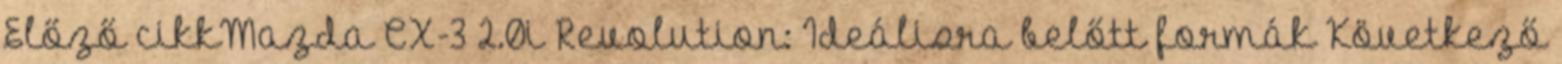
Előző cikkMazda CX-3 2.0i Revolution: Ideálisra belőtt formák Következő